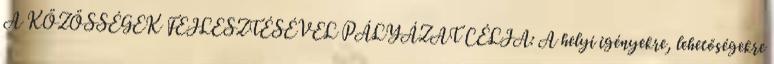
A KÖZÖSSÉGEK FEJLESZTÉSÉVEL PÁLYÁZAT CÉLJA: A helyi igényekre, lehetőségekre